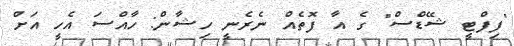
"ފިފްޓީ ޝޭޑްސް" ގެ އާ ފޮތެއް ނެރެނީ ހިޝާން: ހާއްސަ އެހީ އަށް